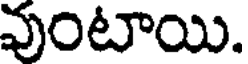
వుంటాయి.